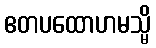
ဧတပထောဟမသ္မိ